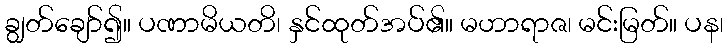
ချွတ်ချော်၍။ ပဏာမိယတိ၊ နှင်ထုတ်အပ်၏။ မဟာရာဇ၊ မင်းမြတ်။ ပန၊